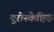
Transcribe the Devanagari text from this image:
यूरोस्केप्टिक